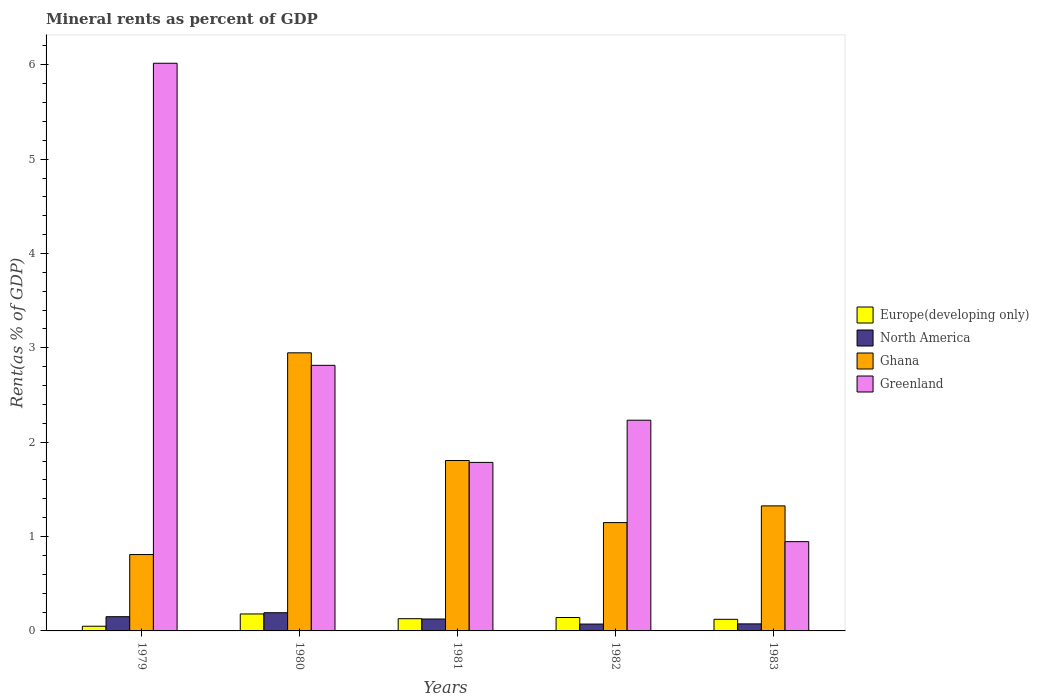
| Years | Europe(developing only) | North America | Ghana | Greenland |
 | --- | --- | --- | --- | --- |
 | 1979 | 0.0497 | 0.151 | 0.809 | 6.02 |
 | 1980 | 0.18 | 0.193 | 2.95 | 2.81 |
 | 1981 | 0.13 | 0.126 | 1.81 | 1.79 |
 | 1982 | 0.142 | 0.0728 | 1.15 | 2.23 |
 | 1983 | 0.123 | 0.0747 | 1.33 | 0.946 |